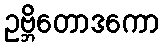
ဥဗ္ဘိတောဒကော